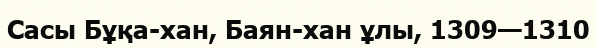
Сасы Бұқа-хан, Баян-хан ұлы, 1309—1310